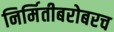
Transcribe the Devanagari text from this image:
निर्मितीबरोबरच